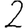
Digit: 2